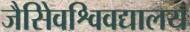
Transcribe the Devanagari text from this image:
जैसेिवश्विवद्यालय